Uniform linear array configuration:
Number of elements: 4
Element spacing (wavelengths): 0.25
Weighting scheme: cosine
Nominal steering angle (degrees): -60
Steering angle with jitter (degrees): -58.91
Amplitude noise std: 0.05
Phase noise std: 0.05

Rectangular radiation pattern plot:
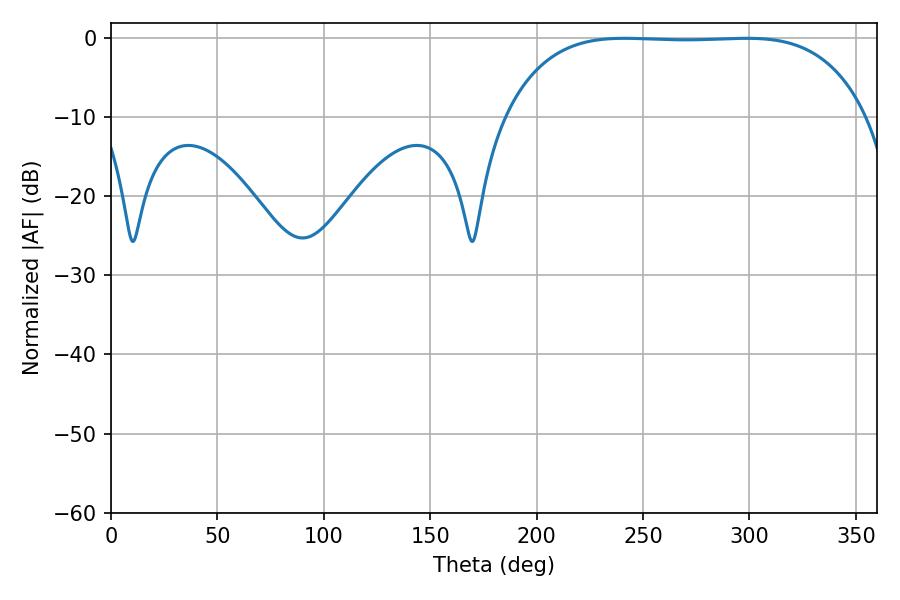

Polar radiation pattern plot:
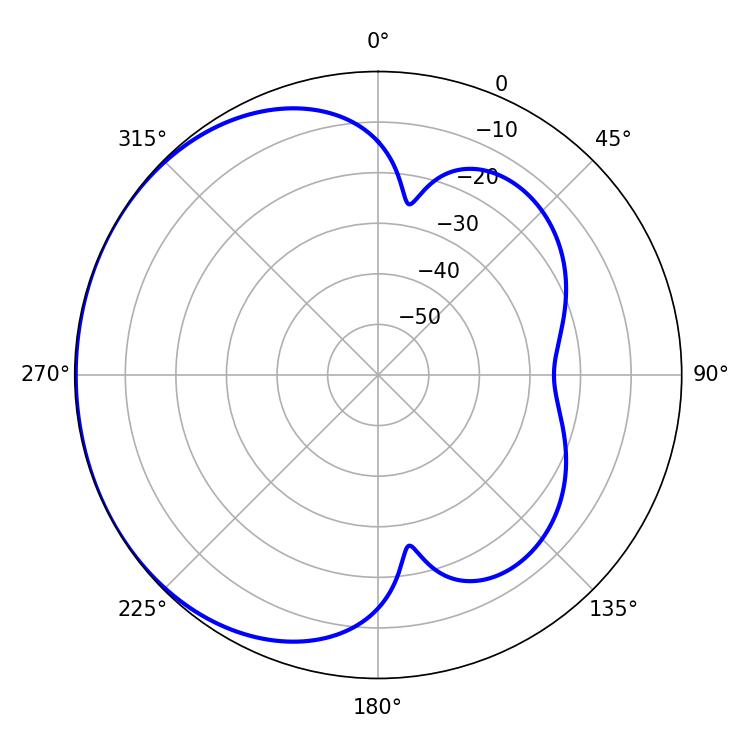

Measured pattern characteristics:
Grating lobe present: FALSE
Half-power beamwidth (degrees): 131.76
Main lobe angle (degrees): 241.38